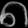
Digit: ၈